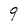
Character: 9